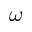
\omega